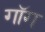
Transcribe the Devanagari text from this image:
गॉग